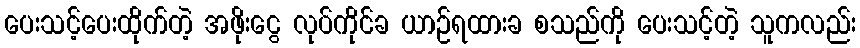
ပေးသင့်ပေးထိုက်တဲ့ အဖိုးငွေ လုပ်ကိုင်ခ ယာဉ်ရထားခ စသည်ကို ပေးသင့်တဲ့ သူကလည်း